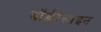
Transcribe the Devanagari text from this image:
बॉर्डरलाइन